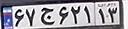
۶۷ج۶۲۱۱۳